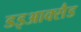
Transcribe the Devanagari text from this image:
डइआक्सैड